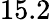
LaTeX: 15.2